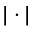
| \cdot |